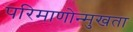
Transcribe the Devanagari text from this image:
परिमाणोन्मुखता